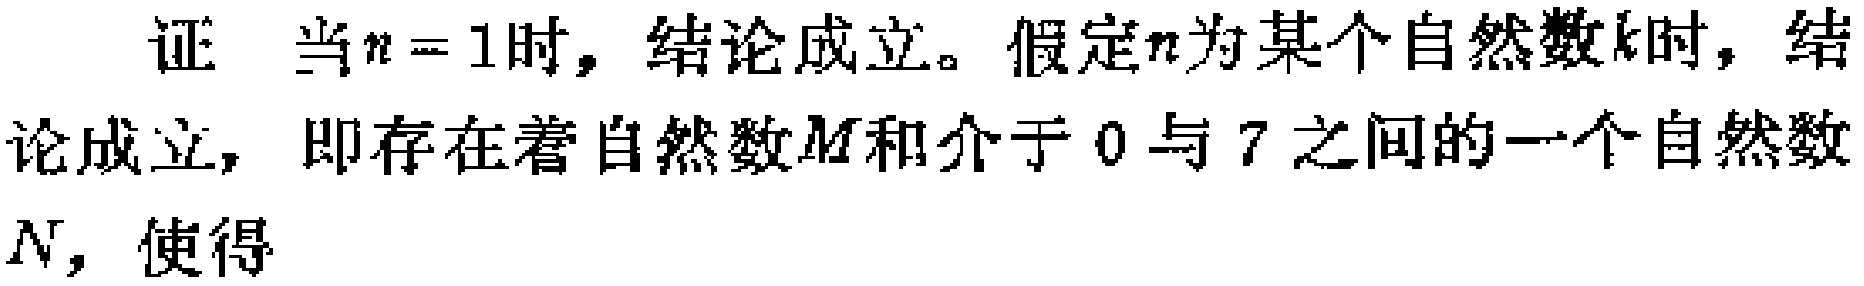
证 当\(n = 1\)时，结论成立。假定\(n\)为某个自然数\(k\)时，结论成立，即存在着自然数\(M\)和介于 \(0\)与 \(7\)之间的一个自然数\(N\)，使得